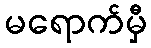
မရောက်မှီ